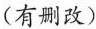
(有删改)